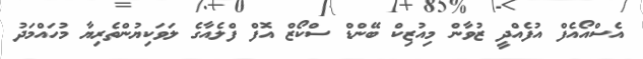
އެސްއޯއެފް އުފެއްދީ ޒުވާން މިއުޒިކް ބޭންޑް ސްކޯޒް އޮފް ފްލެއާގެ ލަވަކިޔުންތެރިޔާ މުހައްމަދު